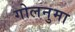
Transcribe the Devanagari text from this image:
गोलनुमा